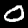
Digit: 0